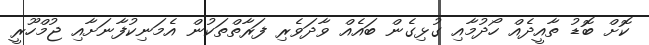
ކޮށް ބޮޑު ތާއީދެއް ހޯދުމާއި ގުޅިގެން ބައެއް ވާދަވެރި ފަރާތްތަކުން އެމަނިކުފާނަށާއި ޖުމްހޫރީ